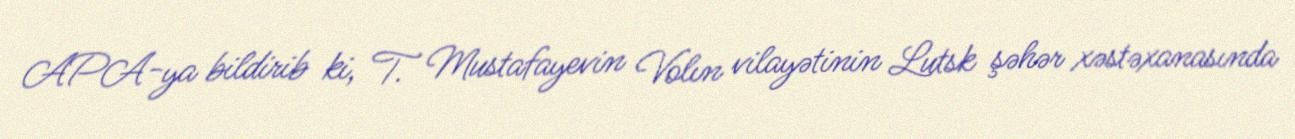
APA-ya bildirib ki, T. Mustafayevin Volın vilayətinin Lutsk şəhər xəstəxanasında